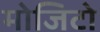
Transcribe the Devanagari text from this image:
मोजिटो